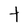
Character: T